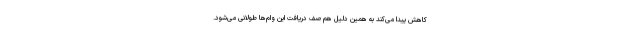
کاهش پیدا می‌کند به همین دلیل هم صف دریافت این وام‌ها طولانی ‌می‌شود.